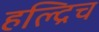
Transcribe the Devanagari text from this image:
हल्द्रिच